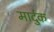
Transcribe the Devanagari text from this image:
मार्दुक